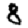
Digit: 8